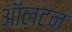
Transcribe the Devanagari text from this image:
ऑलटन